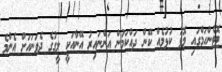
ޓޮޓެންހަމްގައި މޮޅު ކުޅުމެއް ކޭން ދައްކަމުން އަންނައިރު އޭނާއަކީ ލީގުގެ ދެވަނައަށް އެންމެ